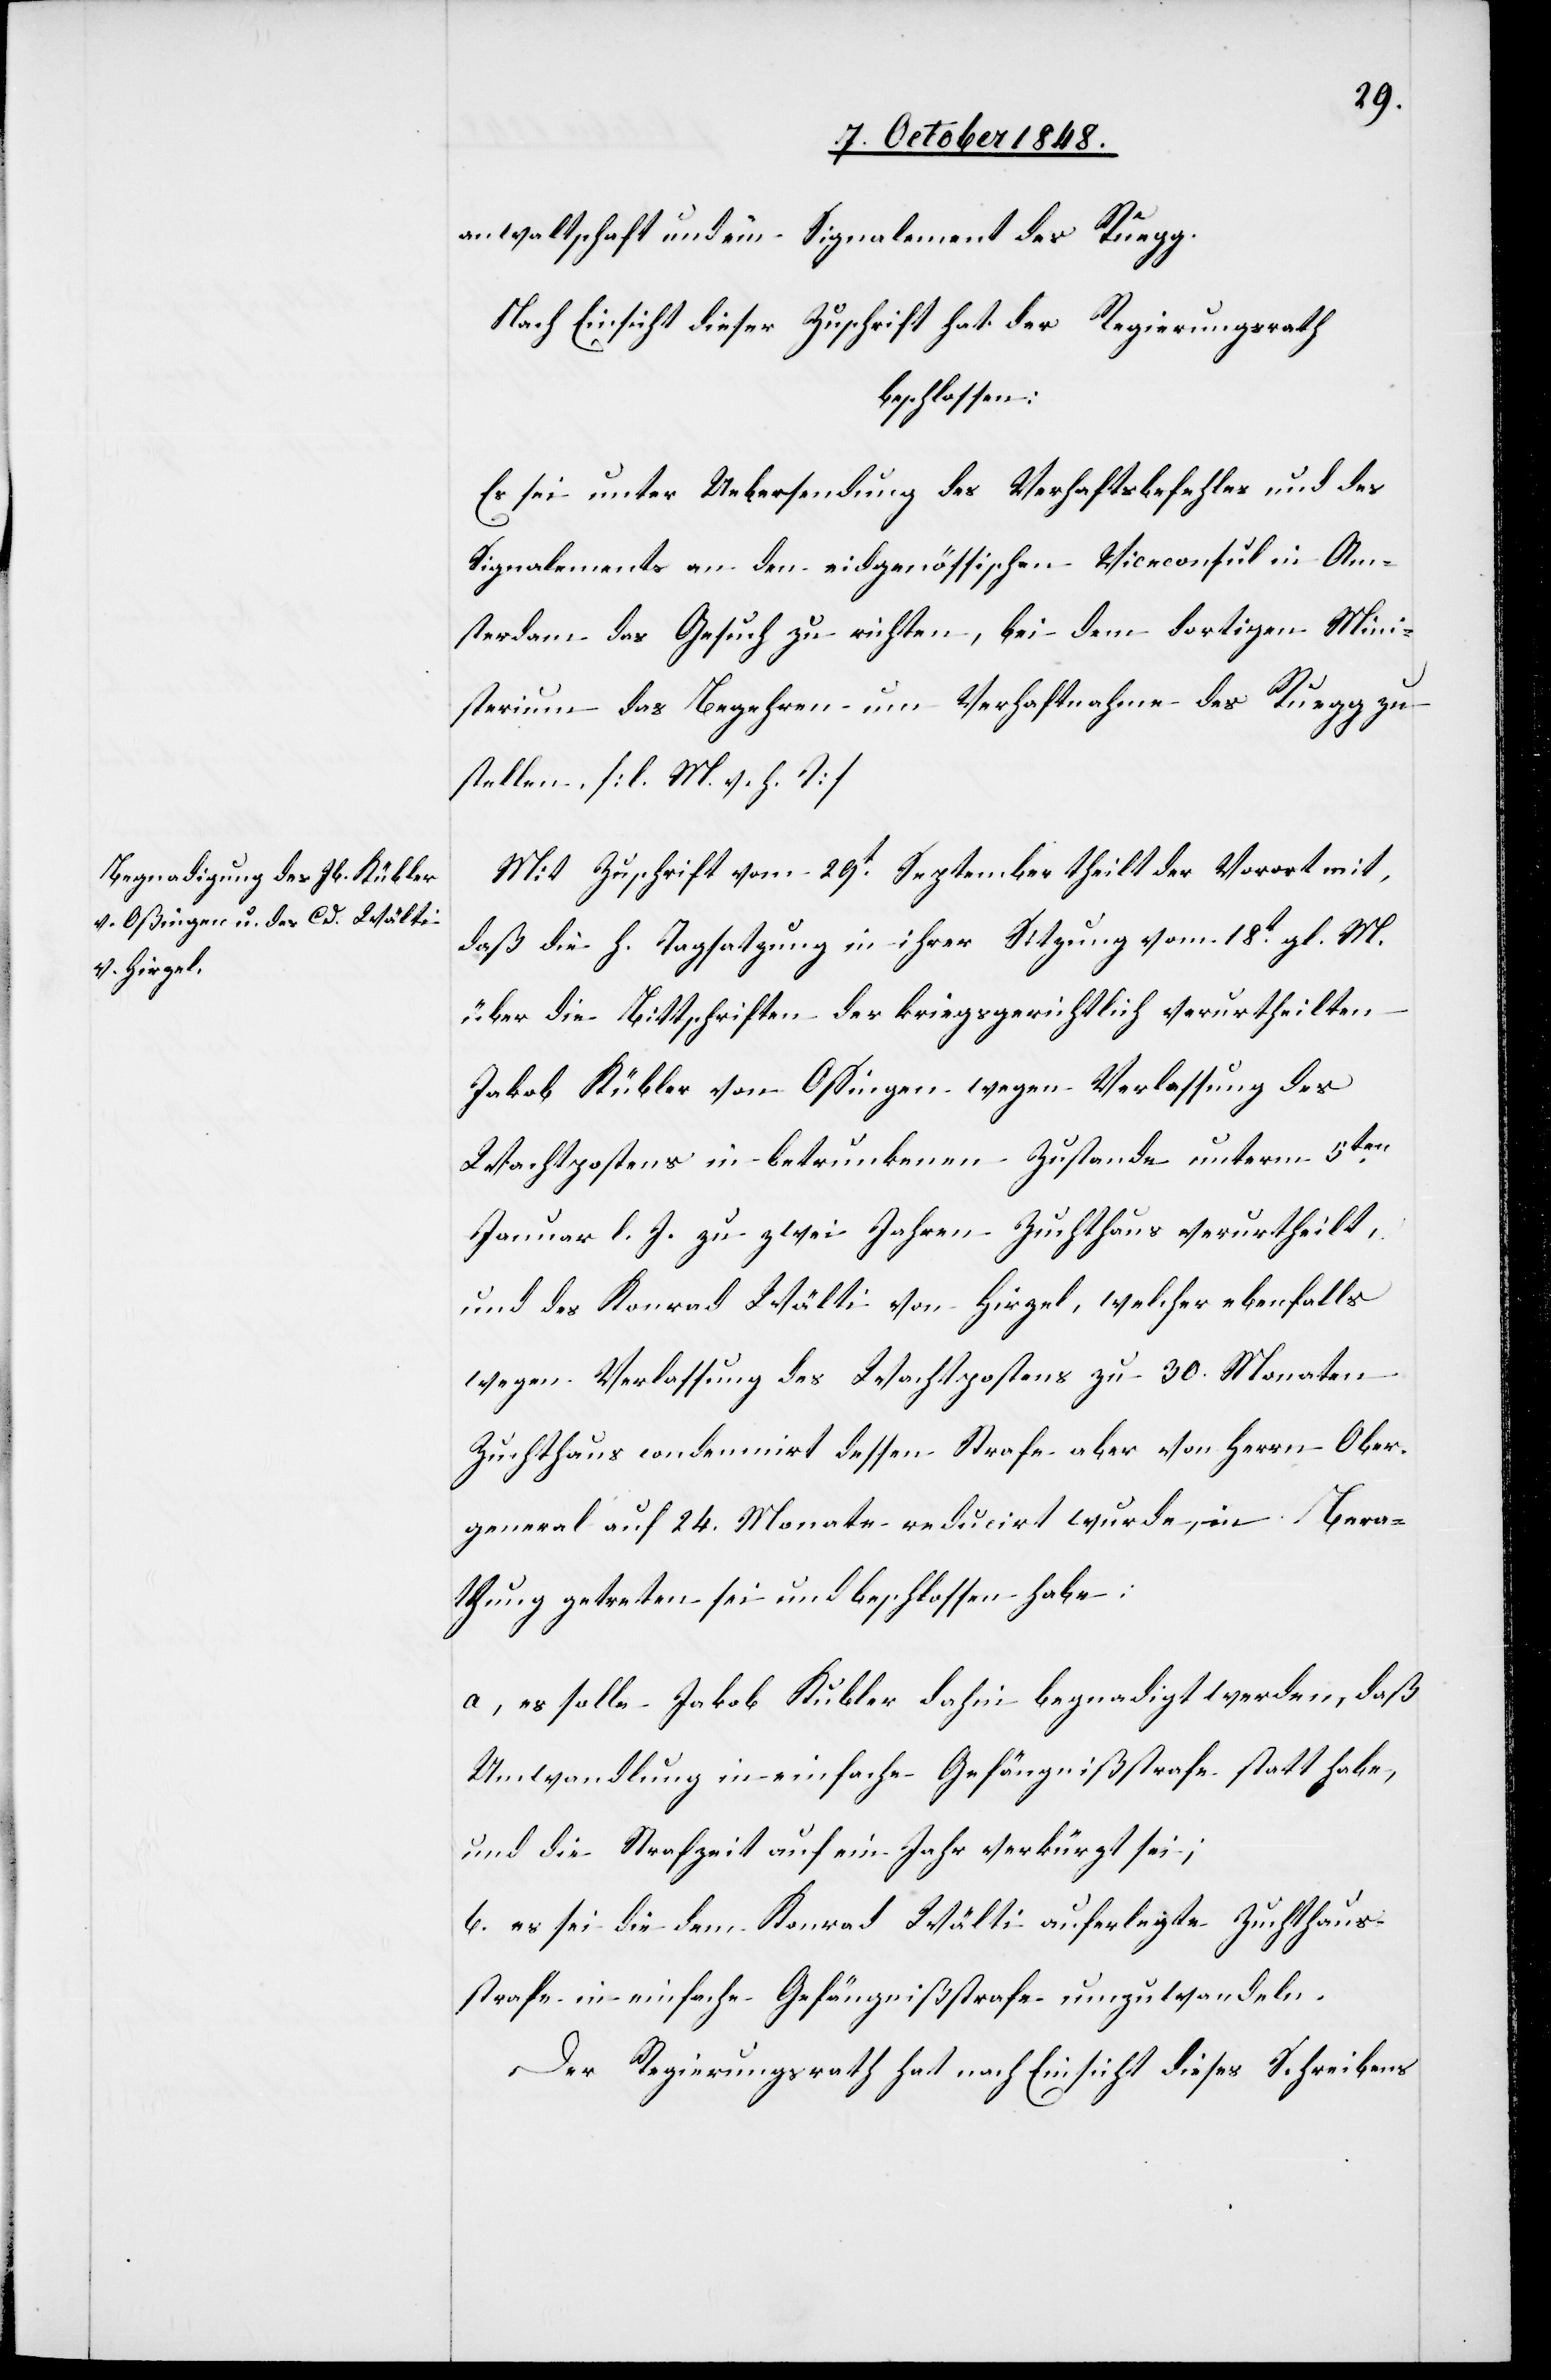
anwaltschaft und ein
Signalement des Ruegg.
Nach Einsicht dieser Zuschrift hat der Regierungsrath
beschlossen:
Es sei unter Uebersendung des Verhaftsbefehles und des
Signalements an den eidgenössischen Viceconsul in Am¬
sterdam das Gesuch zu richten, bei dem dortigen Mini¬
sterium das Begehren um Verhaftnahme des Ruegg zu
stellen. [l. M. v. h. T]
Mit Zuschrift vom 29t. September theilt der Vorort mit,
daß die h. Tagsatzung in ihrer Sitzung vom 18t gl. M.
über die Bittschriften der kriegsgerichtlich verurtheilten
Jakob Kübler von Oßingen wegen Verlassung des
Wachtpostens in betrunkenem Zustande unterm 5ten
Januar l. J. zu zwei Jahren Zuchthaus verurtheilt
und des Konrad Wälti von Hirzel, welcher ebenfalls
wegen Verlassung des Wachtpostens zu 30. Monaten
Zuchthaus condemnirt dessen Strafe aber von Herrn Ober¬
general auf 24. Monate recudirt wurde, in Bera¬
thung getreten sei und beschlossen habe:
a. es solle Jakob Kubler [sic!] dahin begnadigt werden, daß
Umwandlung in einfache Gefängnißstrafe statt habe,
und die Strafzeit auf ein Jahr verkürzt sei;
b. es sei die dem Konrad Wälti auferlegte Zuchthaus¬
strafe in einfache Gefängnißstrafe umzuwandeln.
Der Regierungsrath hat nach Einsicht dieses Schreibens